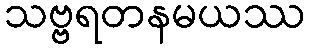
သဗ္ဗရတနမယဿ